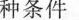
种条件